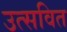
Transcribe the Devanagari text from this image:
उत्सवित